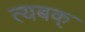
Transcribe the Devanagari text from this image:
त्यबक्